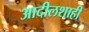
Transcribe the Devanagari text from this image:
आदीलशाही